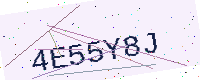
Text: 4E55Y8J